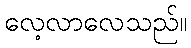
လေ့လာလေသည်။